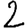
Digit: 2